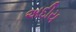
અદીય